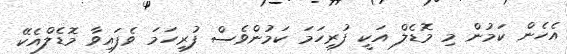
އެހެން ކަމުން މި މޮޑެލް އަކީ ފުރިހަމަ ކަމުންވެސް ފުރިހަމަ ވެފައިވާ މޮޑެލްއެކޭ